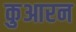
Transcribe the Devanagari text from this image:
कुआरन